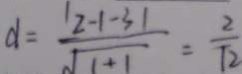
d = \frac { \vert 2 - 1 - 3 \vert } { \sqrt { 1 + 1 } } = \frac { 2 } { \sqrt { 2 } }